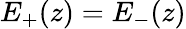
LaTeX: E_{+}(z)=E_{-}(z)